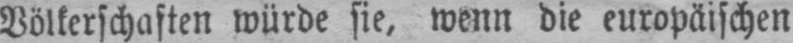
Völkerschaften würde sie, wenn die europäischen